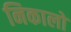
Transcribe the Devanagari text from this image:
निकालो